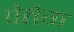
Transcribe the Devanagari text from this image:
पेतेग